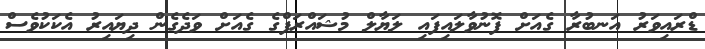
ޑްރައިވަރު އަނބުރާ ގެއަށް ފޮނުވާލައިފައި ލަޔާލް މުޝައްރަފްގެ ގެއަށް ވަދެގެން ދިޔައިރު އެކަކުވެސް